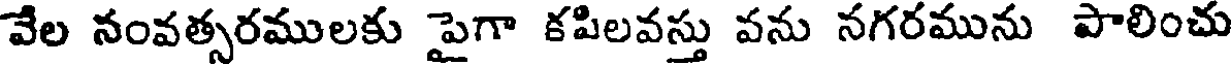
వేల నంవత్సరములకు పైగా కపిలవస్తు వను నగరమును పాలించు